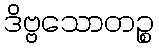
ဒိဗ္ဗသောတဉ္စ